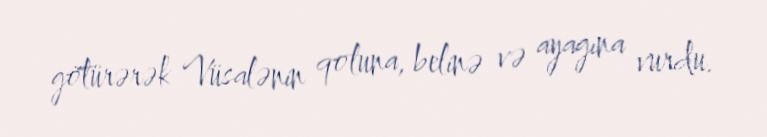
götürərək Vüsalənin qoluna, belinə və ayagına vurdu.